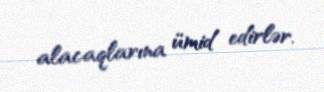
alacaqlarına ümid edirlər.